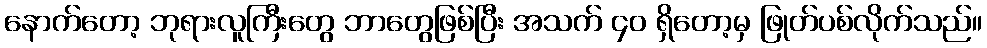
နောက်တော့ ဘုရားလူကြီးတွေ ဘာတွေဖြစ်ပြီး အသက် ၄၀ ရှိတော့မှ ဖြုတ်ပစ်လိုက်သည်။